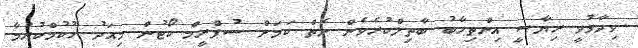
ވިދާޅުވީ ރިޔާސީ އިންތިހާބު ބާތިލްކުރެވެން ނެތް ކަމަށް ސުޕްރީމް ކޯޓުން މިއަދު ހުކުމްކުރުމާ